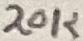
Text: 20K